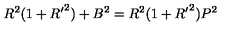
R ^ { 2 } ( 1 + { R ^ { \prime } } ^ { 2 } ) + B ^ { 2 } = R ^ { 2 } ( 1 + { R ^ { \prime } } ^ { 2 } ) P ^ { 2 }